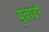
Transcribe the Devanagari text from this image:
युवावों